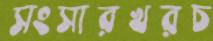
সংসারখরচ